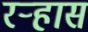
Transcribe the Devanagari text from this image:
रऱ्हास